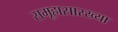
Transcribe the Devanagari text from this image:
समूहासारख्या